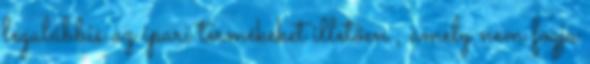
legalábbis az ipari termékeket illetően , amely nem fogja